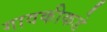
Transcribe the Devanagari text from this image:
गावकीकडे